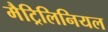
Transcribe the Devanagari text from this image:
मैट्रिलिनियल